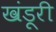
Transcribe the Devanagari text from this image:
खंडूरी